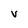
Character: V